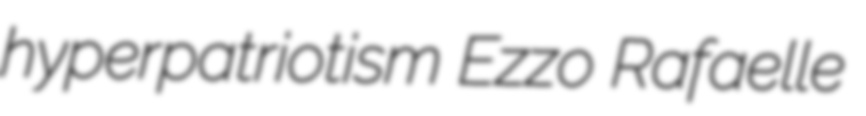
hyperpatriotism Ezzo Rafaelle